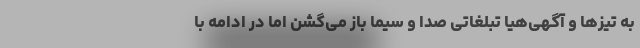
به تیزها و آگهی‌هیا تبلغاتی صدا و سیما باز می‌گشن اما در ادامه با